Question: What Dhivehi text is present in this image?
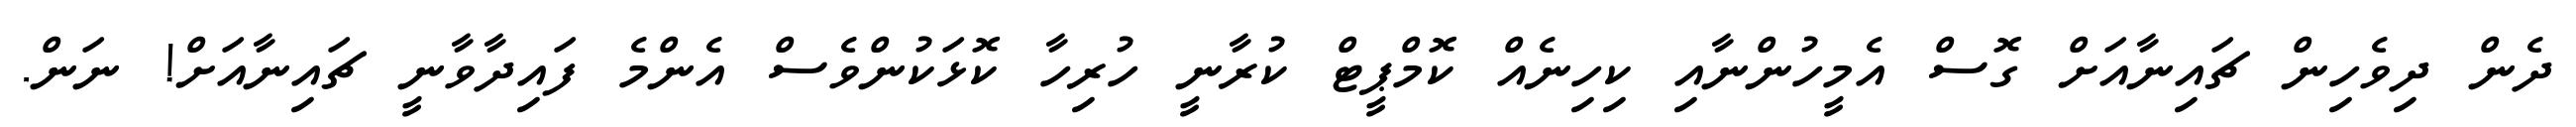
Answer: ދެން ދިވެހިން ޗައިނާއަށް ގޮސް އެމީހުންނާއި ކިހިނެއް ކޮމްޕީޓް ކުރާނީ ހުރިހާ ކޮޅަކުންވެސް އެންމެ ފައިދާވާނީ ޗައިނާއަށް! ނަން.